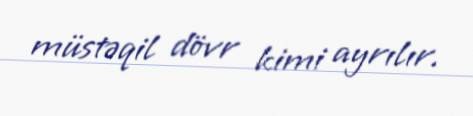
müstəqil dövr kimi ayrılır.